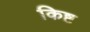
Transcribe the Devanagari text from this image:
किष्ट